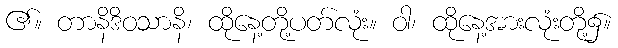
၏။ တာနိဒိဝသာနိ၊ ထိုနေ့တို့ပတ်လုံး။ ဝါ၊ ထိုနေ့အားလုံးတို့၌။